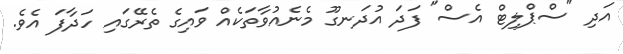
އަދި "ސްޕްލިޓް އެސް" ފަދަ އުދަނގޫ މެނެއުވާތަކެއް ވައިގެ ތެރޭގައި ހަދާފަ އެވެ.